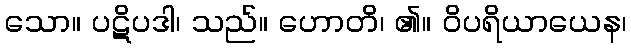
သော။ ပဋိပဒါ၊ သည်။ ဟောတိ၊ ၏။ ဝိပရိယာယေန၊